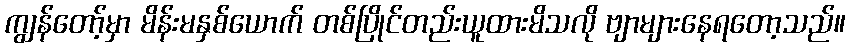
ကျွန်တော့်မှာ မိန်းမနှစ်ယောက် တစ်ပြိုင်တည်းယူထားမိသလို ဗျာများနေရတော့သည်။